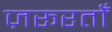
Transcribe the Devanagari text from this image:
ज़रूरतोँ